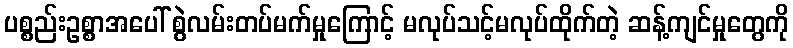
ပစ္စည်းဥစ္စာအပေါ် စွဲလမ်းတပ်မက်မှုကြောင့် မလုပ်သင့်မလုပ်ထိုက်တဲ့ ဆန့်ကျင်မှုတွေကို